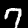
Label: 7